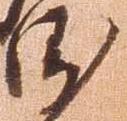
衛